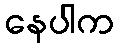
နေပါက